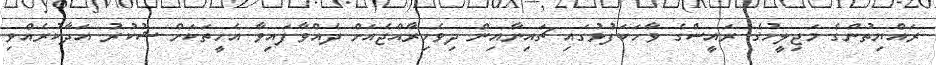
ރައްޔިތުންގެ މަޖިލީހުގެ ރައީސްގެ ވާހަކަފުޅުގައި ޗައިނާއިން ދިވެހިރާއްޖެއަށް ދެއްވާފައިވާ އެހީތަކަށް ޝުކުރު އަދާކުރެއްވި